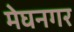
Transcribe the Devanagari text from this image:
मेघनगर